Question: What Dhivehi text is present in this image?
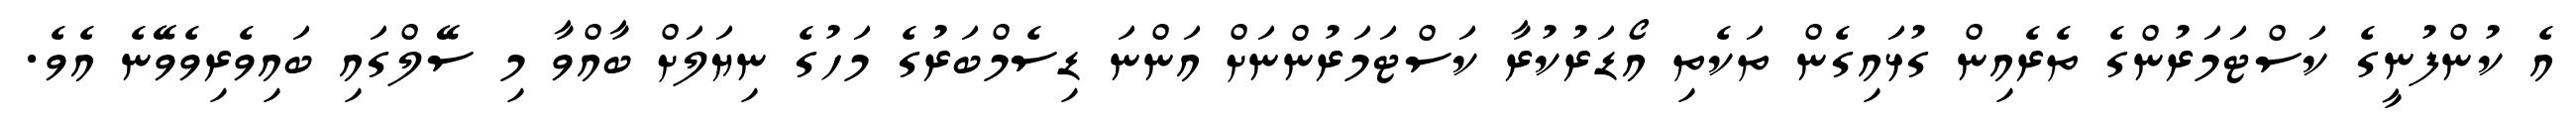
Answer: އެ ކުންފުނީގެ ކަސްޓަމަރުންގެ ތެރެއިން ގުޅައިގެން ތަކެތި އޯޑަރުކުރާ ކަސްޓަމަރުންނަށް އަންނަ ޑިސެމްބަރުގެ މަހުގެ ނިޔަލަށް ބާއްވާ މި ސޭލްގައި ބައިވެރިވެވޭނެ އެވެ.